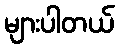
များပါတယ်